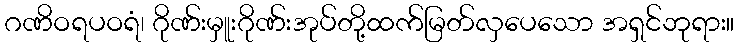
ဂဏိဝရပဝရံ၊ ဂိုဏ်းမှူးဂိုဏ်းအုပ်တို့ထက်မြတ်လှပေသော အရှင်ဘုရား။